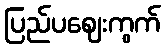
ပြည်ပဈေးကွက်